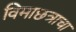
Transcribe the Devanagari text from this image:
विमाछत्राचा